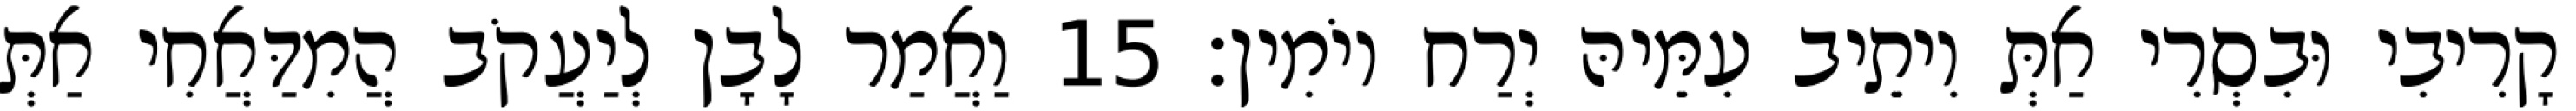
קָרִיבִי וּבִסְרִי אַתְּ וִיתֵיב עִמֵּיהּ יְרַח יוֹמִין׃ 15 וַאֲמַר לָבָן לְיַעֲקֹב הֲמִדַּאֲחִי אַתְּ